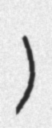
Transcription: الدائر)